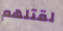
لقتلهم